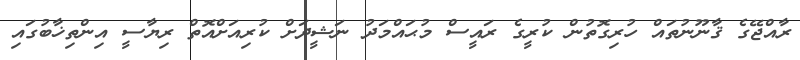
ރާއްޖޭގެ ޤާނޫނުތައް ހުރިގޮތުން ކުރީގެ ރައީސް މުޙައްމަދު ނަޝީދަށް ކުރިއަށްއޮތް ރިޔާސީ އިންތިޚާބުގައި